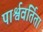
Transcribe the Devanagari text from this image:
पार्श्ववर्तिता